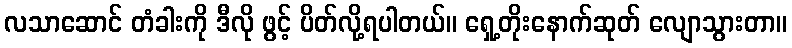
လသာဆောင် တံခါးကို ဒီလို ဖွင့် ပိတ်လို့ရပါတယ်။ ရှေ့တိုးနောက်ဆုတ် လျောသွားတာ။